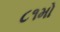
૮૧મો